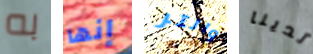
به إنها والتر لدينا